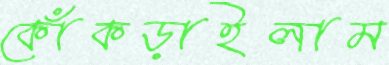
কোঁকড়াইলাম